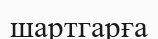
шартгарға